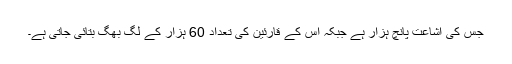
جس کی اشاعت پانچ ہزار ہے جبکہ اس کے قارئین کی تعداد 60 ہزار کے لگ بھگ بتائی جاتی ہے۔